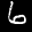
Label: 6